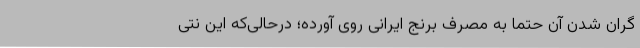
گران شدن آن حتما به مصرف برنج ایرانی روی آورده؛ درحالی‌که این نتی